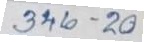
346 - 20